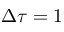
\Delta \tau = 1